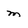
Character: m